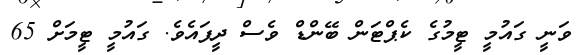
ވަނީ ގައުމީ ޓީމުގެ ކެޕްޓަން ބޭންޑް ވެސް ދީފައެވެ. ގައުމީ ޓީމަށް 65